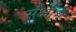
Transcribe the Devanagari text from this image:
संक्षौभ